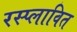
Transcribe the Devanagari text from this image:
रस्प्लावित